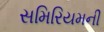
સમિરિયમની